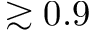
\gtrsim 0 . 9